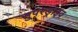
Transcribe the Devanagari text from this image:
सुपरड्राइव